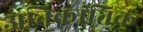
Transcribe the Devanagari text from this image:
अतिक्रांतिक